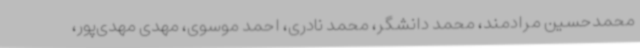
محمدحسین مرادمند، محمد دانشگر، محمد نادری، احمد موسوی، مهدی مهدی‌پور،